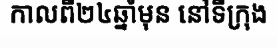
កាលពី២៤ឆ្នាំមុន នៅទីក្រុង